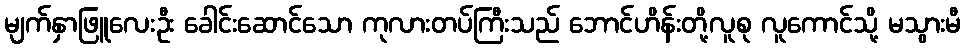
မျက်နှာဖြူလေးဦး ခေါင်းဆောင်သော ကုလားတပ်ကြီးသည် ဘောင်ဟိန်းတို့လူစု လူကောင်သို့ မသွားမီ